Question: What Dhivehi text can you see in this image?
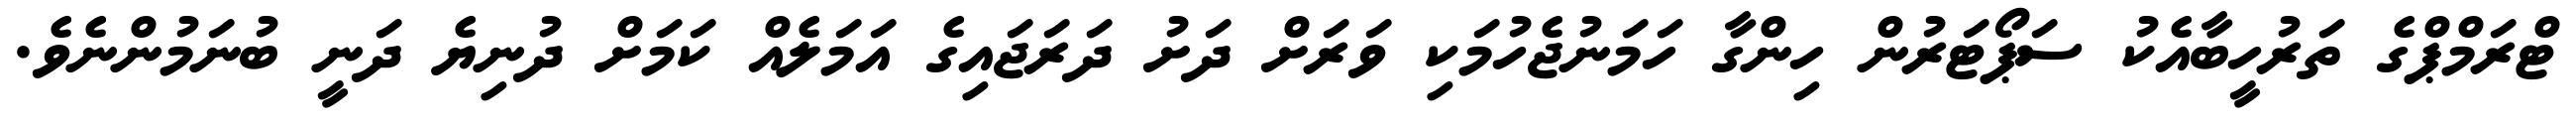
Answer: ޓްރަމްޕްގެ ތަރުހީބާއެކު ސަޕޯޓަރުން ހިންގާ ހަމަނުޖެހުމަކި ވަރަށް ދަށު ދަރަޖައިގެ އަމަލެއް ކަމަށް ދުނިޔެ ދަނީ ބުނަމުންނެވެ.